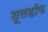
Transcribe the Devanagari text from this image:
शूलहॉफ